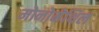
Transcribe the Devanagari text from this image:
मोनोमेथिल